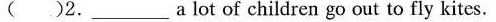
( )2.___ a lot of children go out to fly kites.